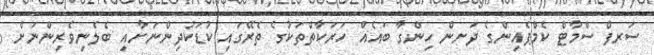
ސަރފް ސްމާޓް ކެމްޕެއިންގެ ދަށން ހިންގާ ބައެއް ހަރަކާތްތަކުގެ ތެރޭގައި ކުޑަކުދިންނަަށާއި ބެލެނިވެރިންނަށް